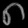
Digit: ၈